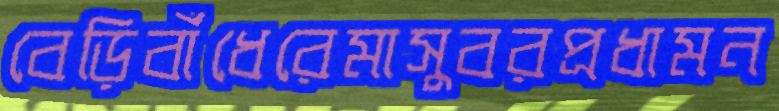
বেড়িবাঁধেরেমাসুবরপ্রধামন